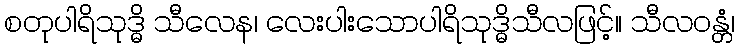
စတုပါရိသုဒ္ဓိ သီလေန၊ လေးပါးသောပါရိသုဒ္ဓိသီလဖြင့်။ သီလဝန္တံ၊